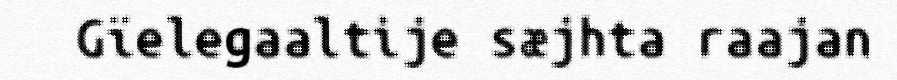
Gïelegaaltije sæjhta raajan